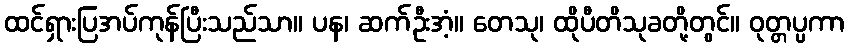
ထင်ရှားပြအပ်ကုန်ပြီးသည်သာ။ ပန၊ ဆက်ဦးအံ့။ တေသု၊ ထိုပီတိသုခတို့တွင်။ ဝုတ္တပ္ပကာ